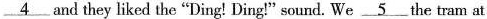
\underline{4} and they liked the "Ding! Ding!" sound. We \underline{5} the tram at